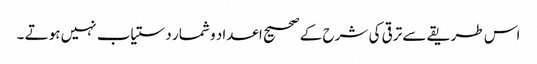
اس طریقے سے ترقی کی شرح کے صحیح اعداد و شمار دستیاب نہیں ہوتے ۔